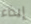
إيذاء